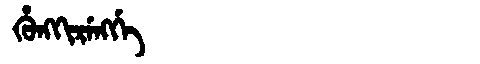
Manchu: ᡥᡠᠩᡴᡳᡵᡝᠩᡤᡝ
Romanization: HUNGKIRENGGE